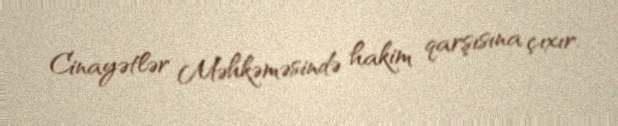
Cinayətlər Məhkəməsində hakim qarşısına çıxır.